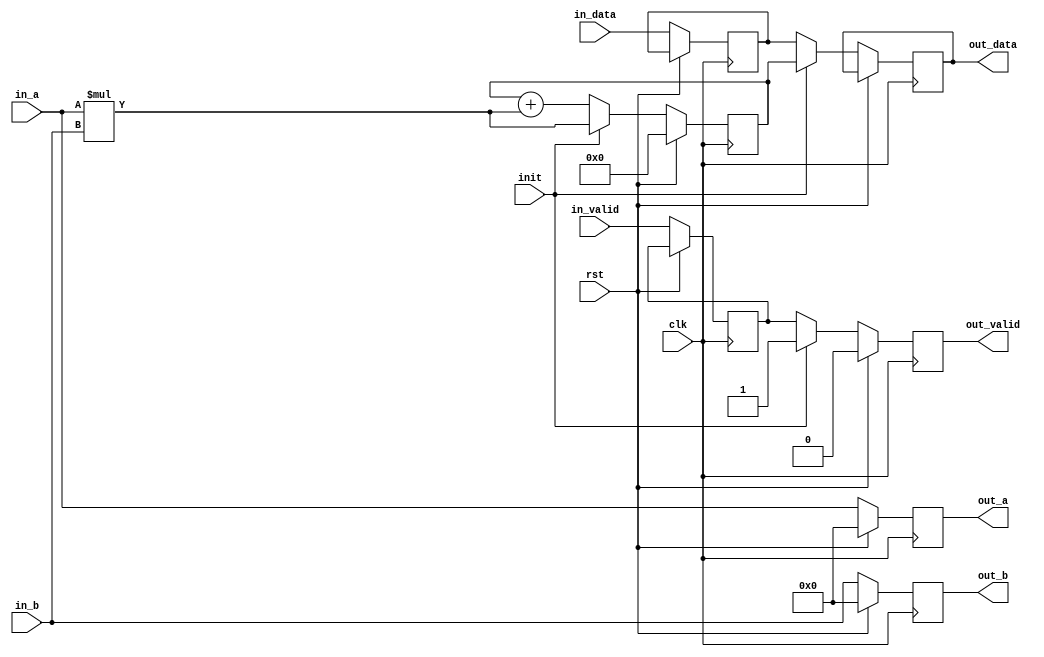
`timescale 1 ps / 1 ps

module pe
#(
    parameter   D_W_ACC  = 64, //accumulator data width
    parameter   D_W      = 32  //operand data width
)
(
    input   wire                    clk,
    input   wire                    rst,
    input   wire                    init,
    input   wire    [D_W-1:0]       in_a,
    input   wire    [D_W-1:0]       in_b,
    output  reg     [D_W-1:0]       out_b,
    output  reg     [D_W-1:0]       out_a,

    input   wire    [(D_W_ACC)-1:0] in_data,
    input   wire                    in_valid,
    output  reg     [(D_W_ACC)-1:0] out_data,
    output  reg                     out_valid
);

// Insert your RTL here
reg [D_W_ACC-1:0] buffer_out;
reg [D_W_ACC-1:0] buffer_in;
reg in;
always@(posedge clk)begin
    if(rst)begin
      out_a<=0;
      out_b<=0;
      buffer_out<=0;
      out_valid<=0;
    end
    else if(init==1) begin
      out_valid<=1;
      out_a<=in_a;
      out_b<=in_b;
      out_data<=buffer_out;
      buffer_in <= in_data;
      buffer_out<=in_a*in_b;
      in <= in_valid;
    end 
    else begin
      out_a<=in_a;
      out_b<=in_b;
      out_data<=buffer_in;
      buffer_in<=in_data;
      buffer_out <= buffer_out+in_a * in_b;
      out_valid <= in;
      in <= in_valid;
    end
  end
endmodule